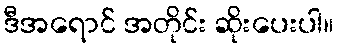
ဒီအရောင် အတိုင်း ဆိုးပေးပါ။